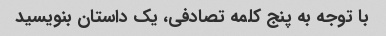
با توجه به پنج کلمه تصادفی، یک داستان بنویسید